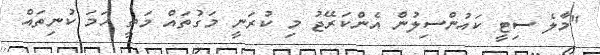
"މާލެ ސިޓީ ކައުންސިލުން އެންކަރޭޖު މި ކުރަނީ މަގުތައް މަތީ ހަމަ ކުނިތައް